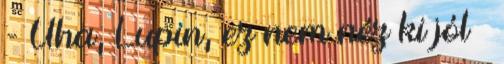
- Úha, Lupin, ez nem néz ki jól –